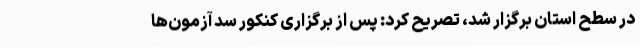
در سطح استان برگزار شد، تصریح کرد: پس از برگزاری کنکور سد آزمون‌ها